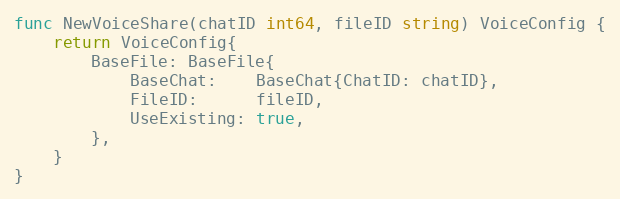
Language: Go
func NewVoiceShare(chatID int64, fileID string) VoiceConfig {
	return VoiceConfig{
		BaseFile: BaseFile{
			BaseChat:    BaseChat{ChatID: chatID},
			FileID:      fileID,
			UseExisting: true,
		},
	}
}